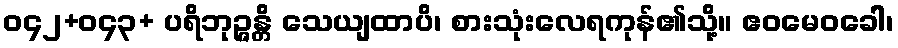
ဝ၄၂+ဝ၄၃+ ပရိဘုဉ္ဇန္တိ သေယျထာပိ၊ စားသုံးလေရကုန်၏သို့။ ဧဝမေဝခေါ၊